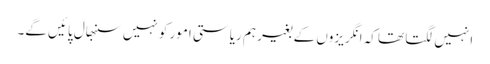
انہیں لگتا تھا کہ انگریزوں کے بغیر ہم ریاستی امور کو نہیں سنبھال پائیں گے۔